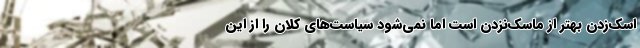
اسک‌زدن بهتر از ماسک‌نزدن است اما نمی‌شود سیاست‌های کلان را از این